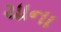
ચાના